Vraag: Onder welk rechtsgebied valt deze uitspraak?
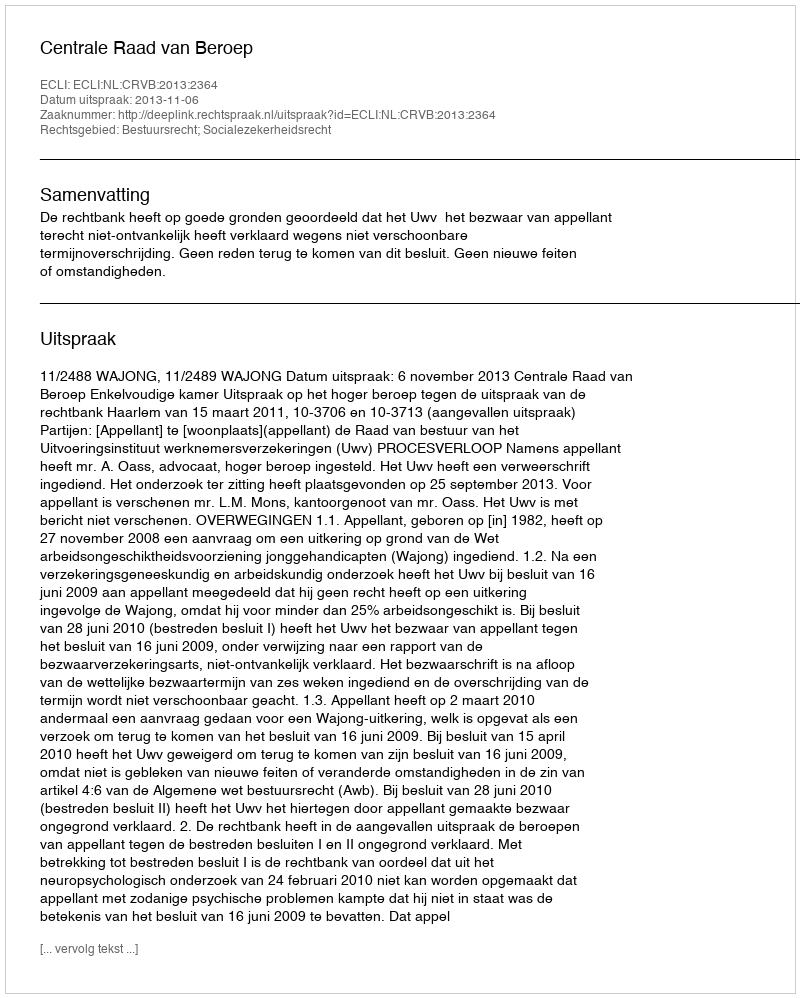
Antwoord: Bestuursrecht; Socialezekerheidsrecht